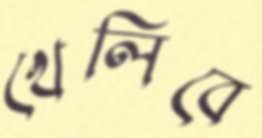
খেলিবে